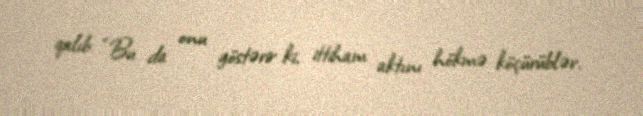
qalıb: “Bu da onu göstərir ki, ittiham aktını hökmə köçürüblər.